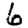
Digit: 6